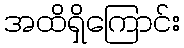
အထိရှိကြောင်း